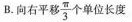
B. 向右平移\frac{π}{3}个单位长度